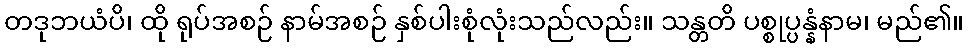
တဒုဘယံပိ၊ ထို ရုပ်အစဉ် နာမ်အစဉ် နှစ်ပါးစုံလုံးသည်လည်း။ သန္တတိ ပစ္စုပ္ပန္နံနာမ၊ မည်၏။